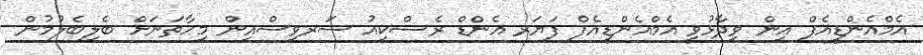
އެމްއެންޑީއެފް އިން ވިދާޅުވީ އެމްއެންޑީއެފް ފަޔަރ އެންޑް ރެސްކިއު ސަރވިސްއިން މިހާތަނަށް ބެލިބެލުމުން